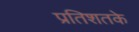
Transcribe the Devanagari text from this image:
प्रतिशतके